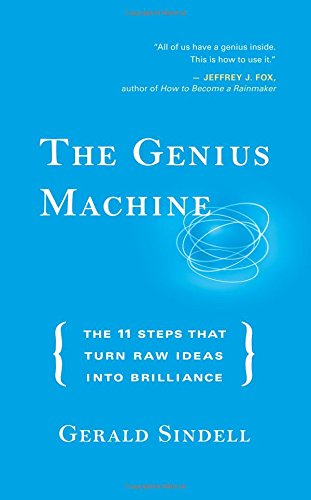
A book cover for The Genius Machine: The Eleven Steps That Turn Raw Ideas into Brilliance; Gerald Sindell; Business & Money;